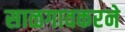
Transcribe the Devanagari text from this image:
साळगावकरने